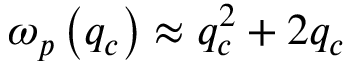
\omega _ { p } \left( q _ { c } \right) \approx q _ { c } ^ { 2 } + 2 q _ { c }